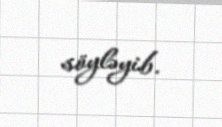
söyləyib.